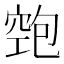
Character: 𱷃